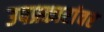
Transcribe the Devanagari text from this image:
उपप्रकारांवर